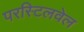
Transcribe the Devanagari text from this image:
परस्टिलवेल